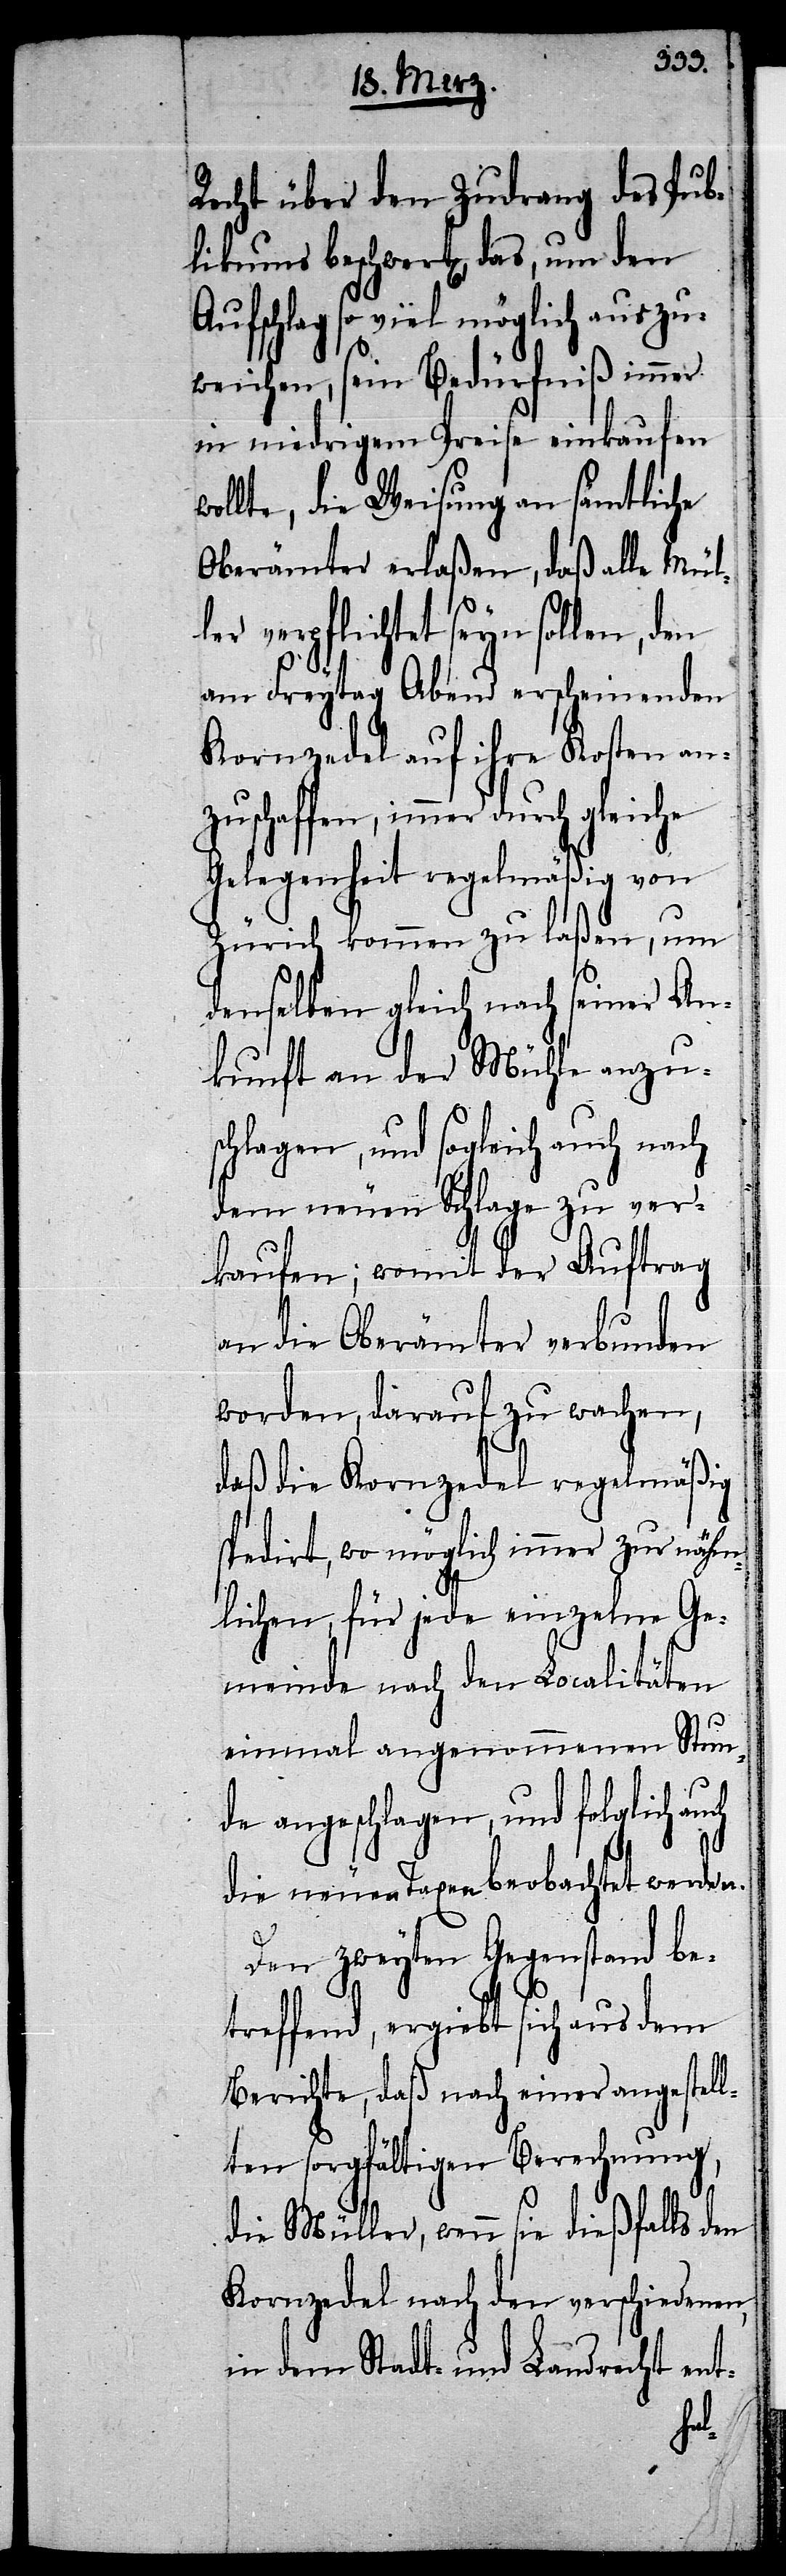
Recht über den Zudrang des Publ¬
Aufschlag so viel möglich auszu¬
weichen, sein Bedürfniß immer
in niedrigem Preise einkaufen
wollte, die Weisung an sämtliche
Oberämter erlaßen, daß alle Mül¬
ler verpflichtet seyn sollen, den
am Freytag Abend erscheinenden
Kornzedel auf ihre Kosten an¬
zuschaffen, immer durch gleiche
Gelegenheit regelmäßig von
Zürich kommen zu laßen, um
denselben gleich nach seiner An¬
kunft an der Mühle anzu¬
schlagen, und sogleich auch nach
dem neuen Schlage zu ver¬
kaufen; womit der Auftrag
an die Oberämter verbunden
worden, darauf zu wachen,
daß die Kornzedel regelmäßig
spedirt, wo möglich immer zur nähm¬
lichen, für jede einzelne Ge¬
meinde nach den Localitäten
einmal angenommenen Stun¬
de angeschlagen, und folglich au¬
die neuen Taxen beobachtet werden.
Den zweyten Gegenstand be¬
treffend, ergiebt sich aus dem
Berichte, daß nach einer angestell¬
ten sorgfältigen Berechnung,
die Müller, wenn sie dießfalls den
Kornzedel nach den verschiedenen,
in dem Stadt- und Landrecht ent-
ch